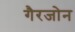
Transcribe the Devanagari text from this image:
गैरजोन